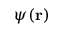
\psi ( \mathbf { r } )